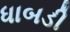
ધાબડી